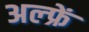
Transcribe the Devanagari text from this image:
अल्फ्रें